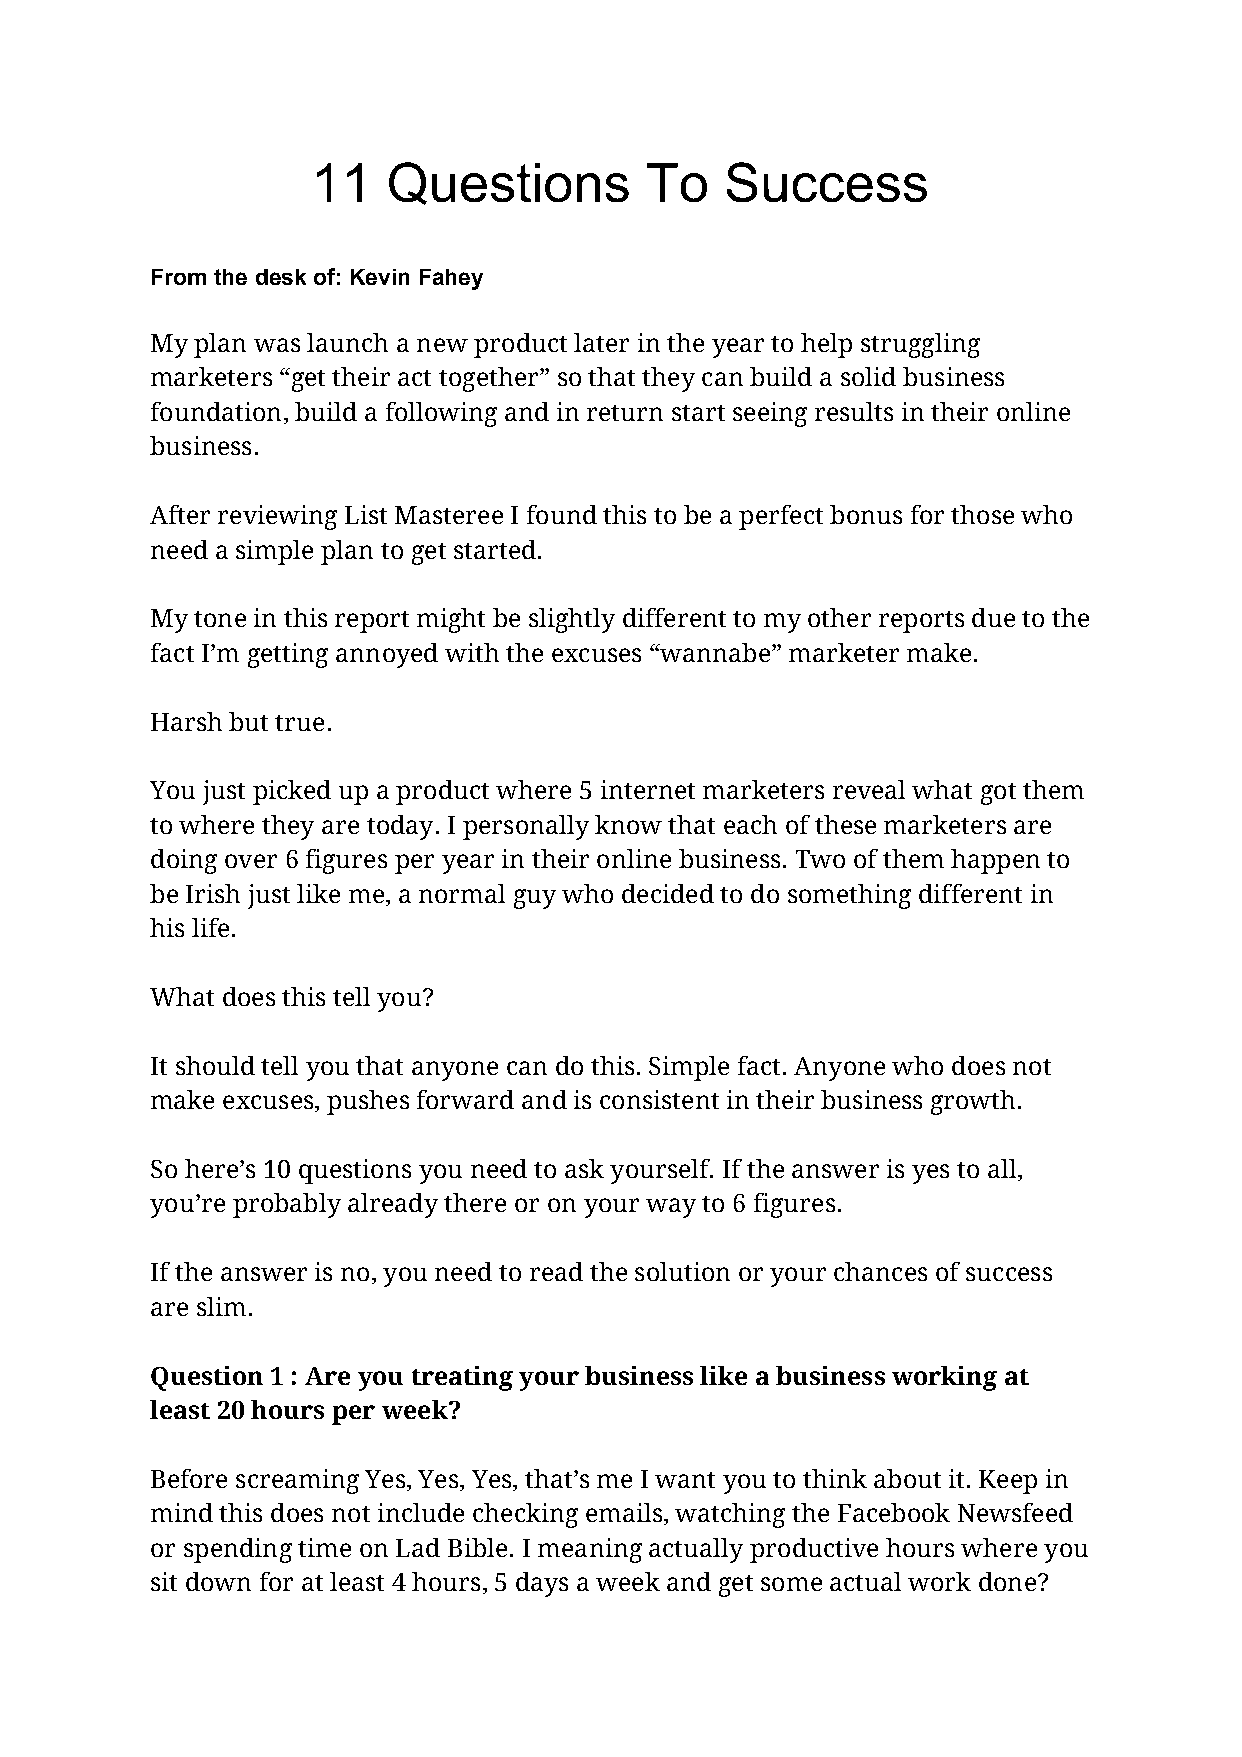
11   Questions        To   Success
 From the desk of: Kevin Fahey
 My plan was launch a new product later in the year to help struggling
 marketers “get their act together” so that they can build a solid business
 foundation, build a following and in return start seeing results in their online
 business.
 After reviewing List Masteree I found this to be a perfect bonus for those who
 need a simple plan to get started.
 My tone in this report might be slightly different to my other reports due to the
 fact I’m getting annoyed with the excuses “wannabe” marketer make.
 Harsh but true.
 You just picked up a product where 5 internet marketers reveal what got them
 to where they are today. I personally know that each of these marketers are
 doing over 6 figures per year in their online business. Two of them happen to
 be Irish just like me, a normal guy who decided to do something different in
 his life.
 What does this tell you?
 It should tell you that anyone can do this. Simple fact. Anyone who does not
 make excuses, pushes forward and is consistent in their business growth.
 So here’s 10 questions you need to ask yourself. If the answer is yes to all,
 you’re probably already there or on your way to 6 figures.
 If the answer is no, you need to read the solution or your chances of success
 are slim.
 Question 1 : Are you treating your business like a business working at
 least 20 hours per week?
 Before screaming Yes, Yes, Yes, that’s me I want you to think about it. Keep in
 mind this does not include checking emails, watching the Facebook Newsfeed
 or spending time on Lad Bible. I meaning actually productive hours where you
 sit down for at least 4 hours, 5 days a week and get some actual work done?